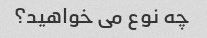
چه نوع می خواهید؟